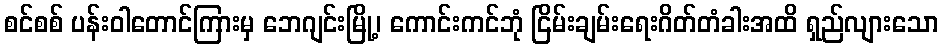
စင်စစ် ပန်းဝါတောင်ကြားမှ ဘေဂျင်းမြို့၊ ကောင်းကင်ဘုံ ငြိမ်းချမ်းရေးဂိတ်တံခါးအထိ ရှည်လျားသော